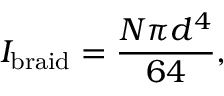
I _ { \mathrm { b r a i d } } = \frac { N \pi d ^ { 4 } } { 6 4 } ,